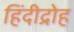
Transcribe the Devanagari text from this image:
हिंदीद्रोह